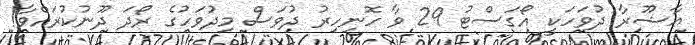
ޢާޝޫރާ ދުވަހަކީ އޯގަސްޓު 29 ވާ ހޮނިހިރު ދުވަސް މިދުވަހުގެ ރޯދަ ދޫނުކުރައްވާ!